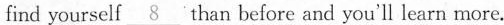
find yourself \underline{8} than before and you'll learn more.